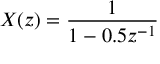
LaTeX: \ X ( z ) = { \frac { 1 } { 1 - 0 . 5 z ^ { - 1 } } }